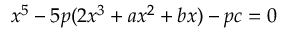
x ^ { 5 } - 5 p ( 2 x ^ { 3 } + a x ^ { 2 } + b x ) - p c = 0